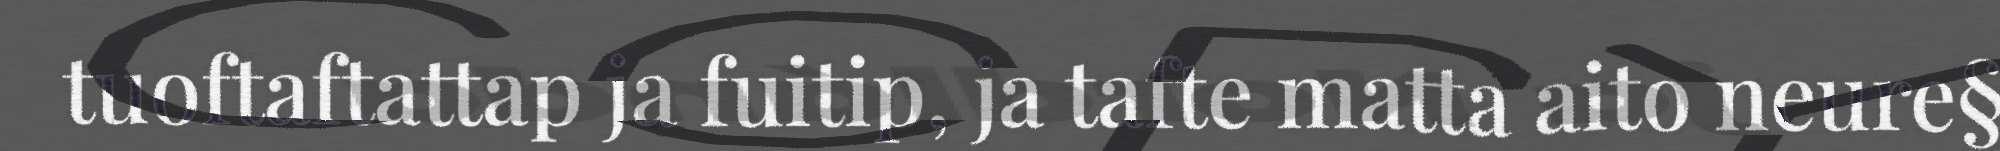
tuoftaftattap ja fuitip, ja tafte matta aito neure§